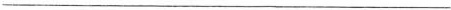
___